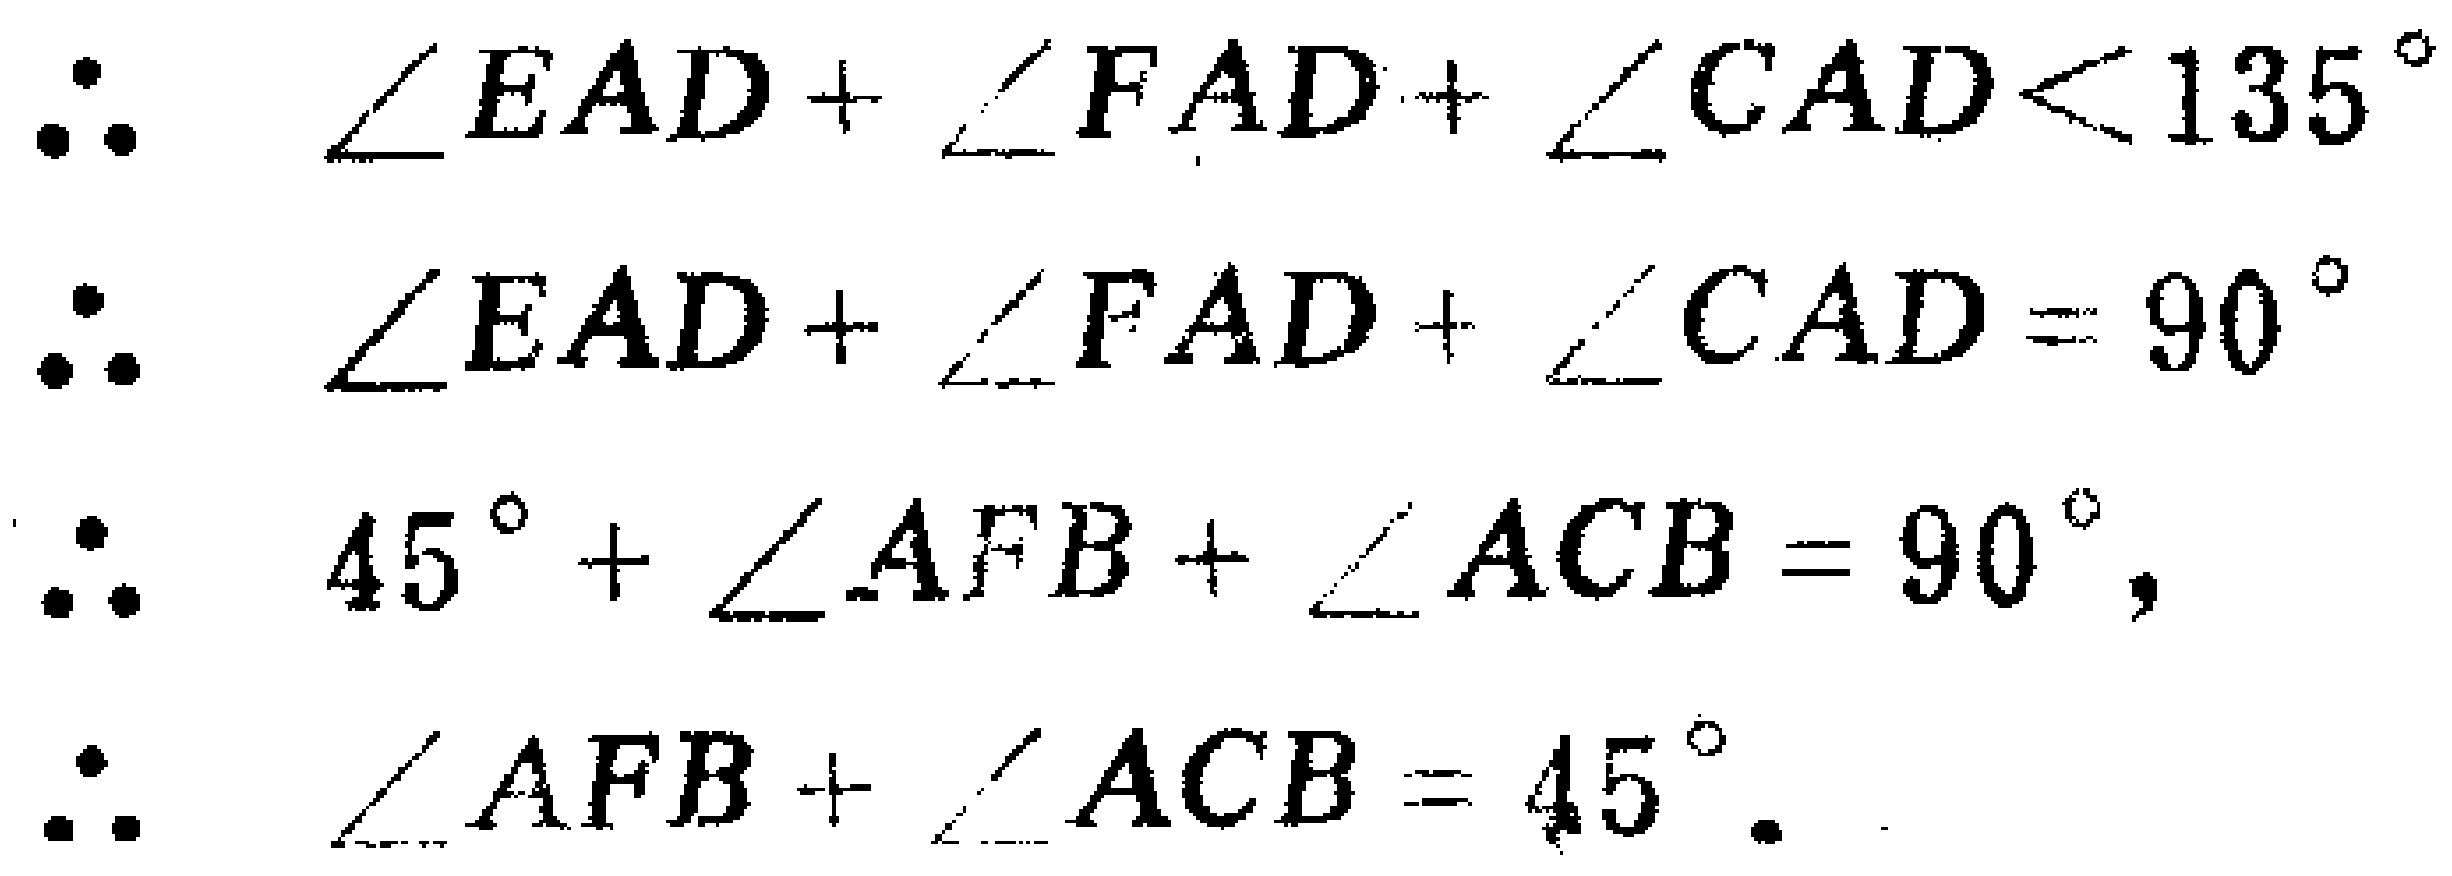
\begin{align*}

\therefore\quad &\angle EAD + \angle FAD+\angle CAD<135^{\circ}\\

\therefore\quad &\angle EAD + \angle FAD+\angle CAD = 90^{\circ}\\

\therefore\quad &45^{\circ}+\angle AFB+\angle ACB = 90^{\circ},\\

\therefore\quad &\angle AFB+\angle ACB = 45^{\circ}.

\end{align*}